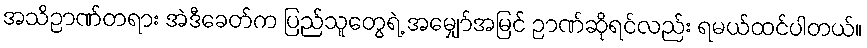
အသိဉာဏ်တရား အဲဒီခေတ်က ပြည်သူတွေရဲ့ အမျှော်အမြင် ဉာဏ်ဆိုရင်လည်း ရမယ်ထင်ပါတယ်။